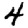
Digit: 4